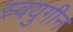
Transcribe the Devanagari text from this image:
स्वयुगीन